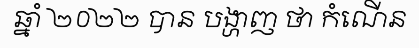
ឆ្នាំ ២០២២ បាន បង្ហាញ ថា កំណើន